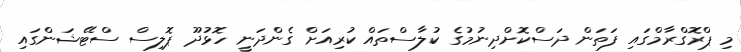
މި ޕްރޮގްރާމްގައި ފަތަން ދަސްކޮށްދިނުމުގެ ކުލާސްތައް ކުރިއަށް ގެންދަނީ ހޮޅުދޫ ޕޮލިސް ސްޓޭޝަންގައި